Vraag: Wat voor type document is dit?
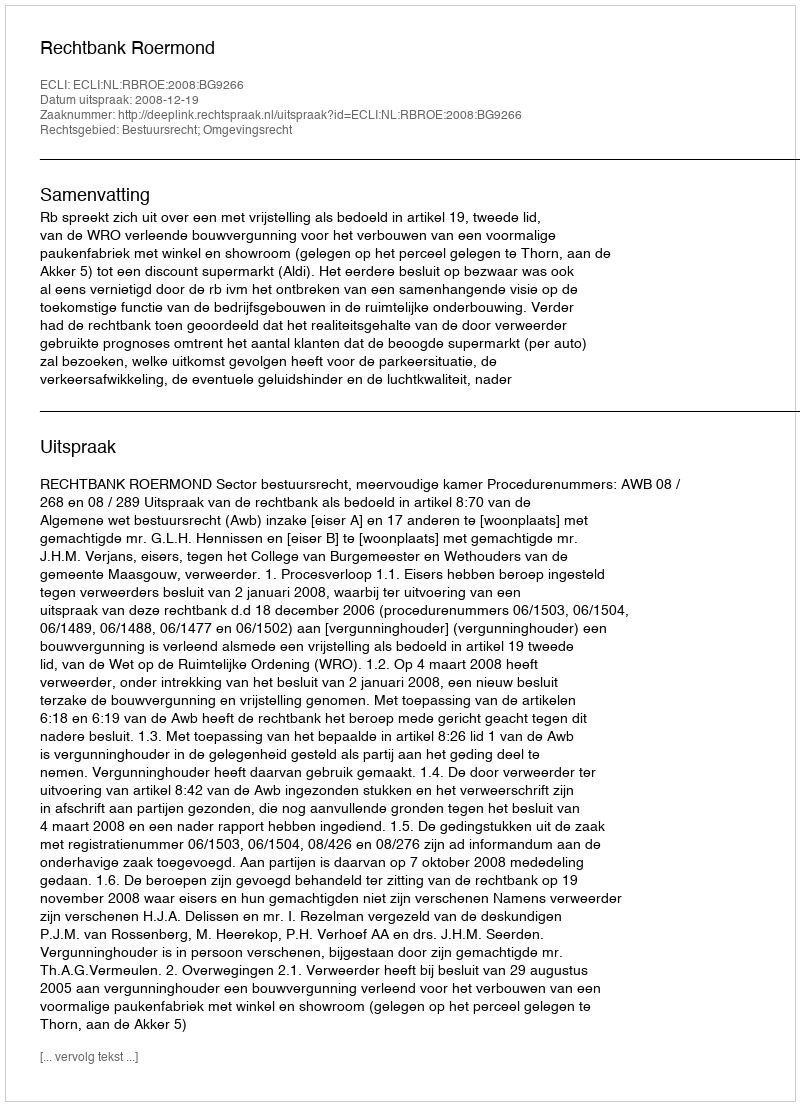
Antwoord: Uitspraak